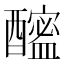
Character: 𨣘